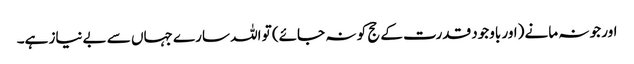
اور جو نہ مانے (اور باوجود قدرت کے حج کو نہ جائے) تو اللہ سارے جہاں سے بےنیاز ہے۔